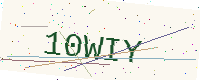
Text: 10WIY